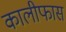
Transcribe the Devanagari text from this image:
कालीफास